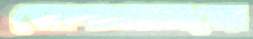
জোগানদাতাদের